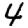
Digit: 4